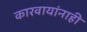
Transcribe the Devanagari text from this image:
कारवायांनाही